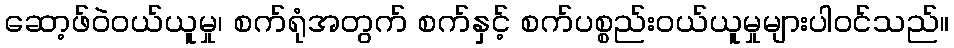
ဆော့ဖ်ဝဲဝယ်ယူမှု၊ စက်ရုံအတွက် စက်နှင့် စက်ပစ္စည်းဝယ်ယူမှုများပါဝင်သည်။